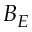
B _ { E }